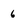
Character: 6